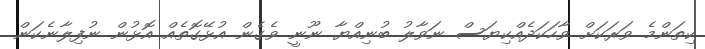
ކިތަންމެ ވަރަކަށް ވާހަކަދެއްކިޔަސް ނަވާލު ބުނިއްޔާ ނޫނީ ވެގެން އުޅޭގޮތެއް އޮޅުން ނުފިލާނެކަން